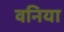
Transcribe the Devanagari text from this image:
वनिया